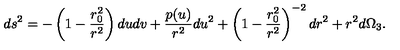
d s ^ { 2 } = - \left( 1 - \frac { r _ { 0 } ^ { 2 } } { r ^ { 2 } } \right) d u d v + \frac { p ( u ) } { r ^ { 2 } } d u ^ { 2 } + \left( 1 - \frac { r _ { 0 } ^ { 2 } } { r ^ { 2 } } \right) ^ { - 2 } d r ^ { 2 } + r ^ { 2 } d \Omega _ { 3 } .